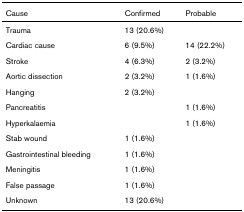
<table><thead><tr><td><b>Cause</b></td><td><b>Confirmed</b></td><td><b>Probable</b></td></tr></thead><tbody><tr><td>Trauma</td><td>13 (20.6%)</td><td>[EMPTY_CELL]</td></tr><tr><td>Cardiac cause</td><td>6 (9.5%)</td><td>14 (22.2%)</td></tr><tr><td>Stroke</td><td>4 (6.3%)</td><td>2 (3.2%)</td></tr><tr><td>Aortic dissection</td><td>2 (3.2%)</td><td>1 (1.6%)</td></tr><tr><td>Hanging</td><td>2 (3.2%)</td><td>[EMPTY_CELL]</td></tr><tr><td>Pancreatitis</td><td>[EMPTY_CELL]</td><td>1 (1.6%)</td></tr><tr><td>Hyperkalaemia</td><td>[EMPTY_CELL]</td><td>1 (1.6%)</td></tr><tr><td>Stab wound</td><td>1 (1.6%)</td><td>[EMPTY_CELL]</td></tr><tr><td>Gastrointestinal bleeding</td><td>1 (1.6%)</td><td>[EMPTY_CELL]</td></tr><tr><td>Meningitis</td><td>1 (1.6%)</td><td>[EMPTY_CELL]</td></tr><tr><td>False passage</td><td>1 (1.6%)</td><td>[EMPTY_CELL]</td></tr><tr><td>Unknown</td><td>13 (20.6%)</td><td>[EMPTY_CELL]</td></tr></tbody></table>